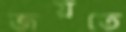
জয়তে